Scottish Leaving Certificate Examination, 1953
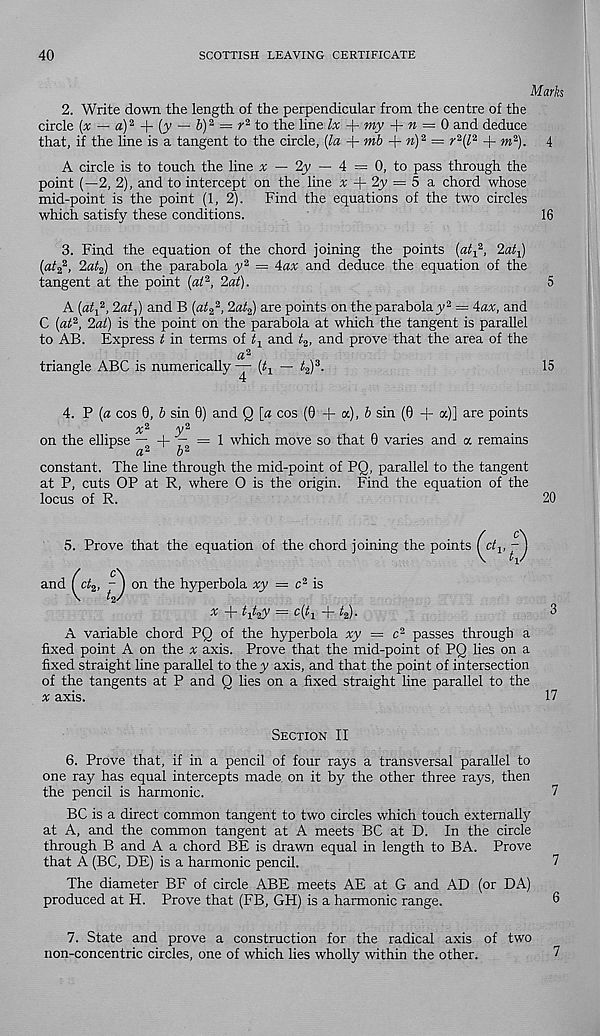
40
SCOTTISH LEAVING CERTIFICATE
Marks
2. Write down the length of the perpendicular from the centre of the
circle (x — a) 2
(y — b) 2 = r 2 to the line lx my + n — 0 and deduce
that, if the line is a tangent to the circle, [la mb + w) 2 = r 2 (l 2 + m 2 ). 4
A circle is to touch the line £ — 2^ — 4 = 0, to pass through the
point (—2, 2), and to intercept on the line x 2y = 5 a chord whose
mid-point is the point (1, 2). Find the equations of the two circles
which satisfy these conditions.
16
3. Find the equation of the chord joining the points (atj 2 , 2«£ 1 )
(ai 2
2 , 2at 2 ) on the parabola y 2 = 4ax and deduce the equation of the
tangent at the point (at 2 , 2at).
5
A (a^2, 2aij) and B (at? 2 , 2at 2 ) are points on the parabolay 2 = 4ax, and
C (at 2 , 2at) is the point on the parabola at which the tangent is parallel
to AB. Express t in terms of t 1 and t 2 , and prove that the area of the
a 2
triangle ABC is numerically — (t 1 — t 2 ) 3 .
15
4. P (a cos 6, b sin 0) and Q [a cos (0 + a), & sin (0 + oc)] are points
= 1 which move so that 0 varies and a remains
on the ellipse — , , „
a 2
b 2
constant. The line through the mid-point of PQ, parallel to the tangent
at P, cuts OP at R, where O is the origin. Find the equation of the
locus of R.
20
5. Prove that the equation of the chord joining the points
^
and (^ct 2 ,
on the hyperbola xy
c* is
x H” hky = c (^i + 4)-
A variable chord PQ of the hyperbola xy = c 2 passes through a
fixed point A on the x axis. Prove that the mid-point of PQ lies on a
fixed straight line parallel to they axis, and that the point of intersection
of the tangents at P and Q lies on a fixed straight line parallel to the
x axis.
3
17
Section II
6. Prove that, if in a pencil of four rays a transversal parallel to
one ray has equal intercepts made, on it by the other three rays, then
the pencil is harmonic.
7
BC is a direct common tangent to two circles which touch externally
at A, and the common tangent at A meets BC at D. In the circle
through B and A a chord BE is drawn equal in length to BA. Prove
that A (BC, DE) is a harmonic pencil.
7
The diameter BF of circle ABE meets AE at G and AD (or DA)
produced at H. Prove that (FB, GH) is a harmonic range.
6
7. State and prove a construction for the radical axis of two
non-concentric circles, one of which lies wholly within the other.
7